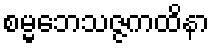
စမ္မဘေသဇ္ဇကထိနာ